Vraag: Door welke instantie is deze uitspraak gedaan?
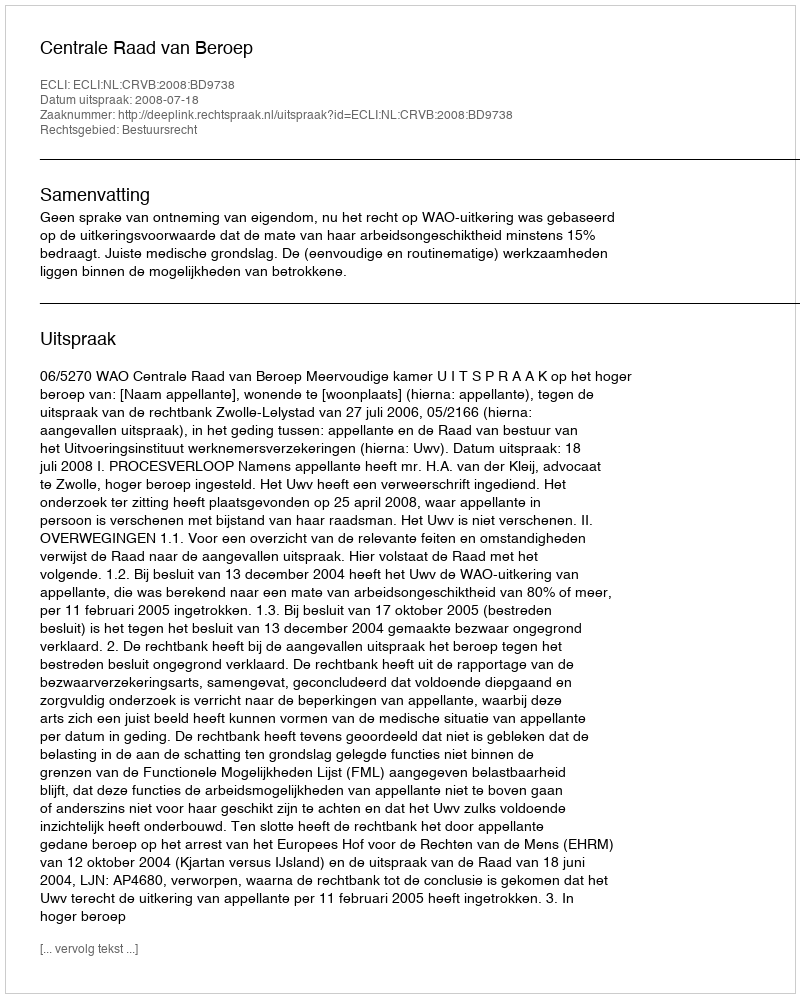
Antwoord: Centrale Raad van Beroep